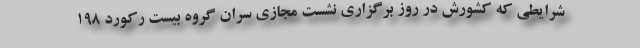
شرایطی که کشورش در روز برگزاری نشست مجازی سران گروه بیست رکورد 198